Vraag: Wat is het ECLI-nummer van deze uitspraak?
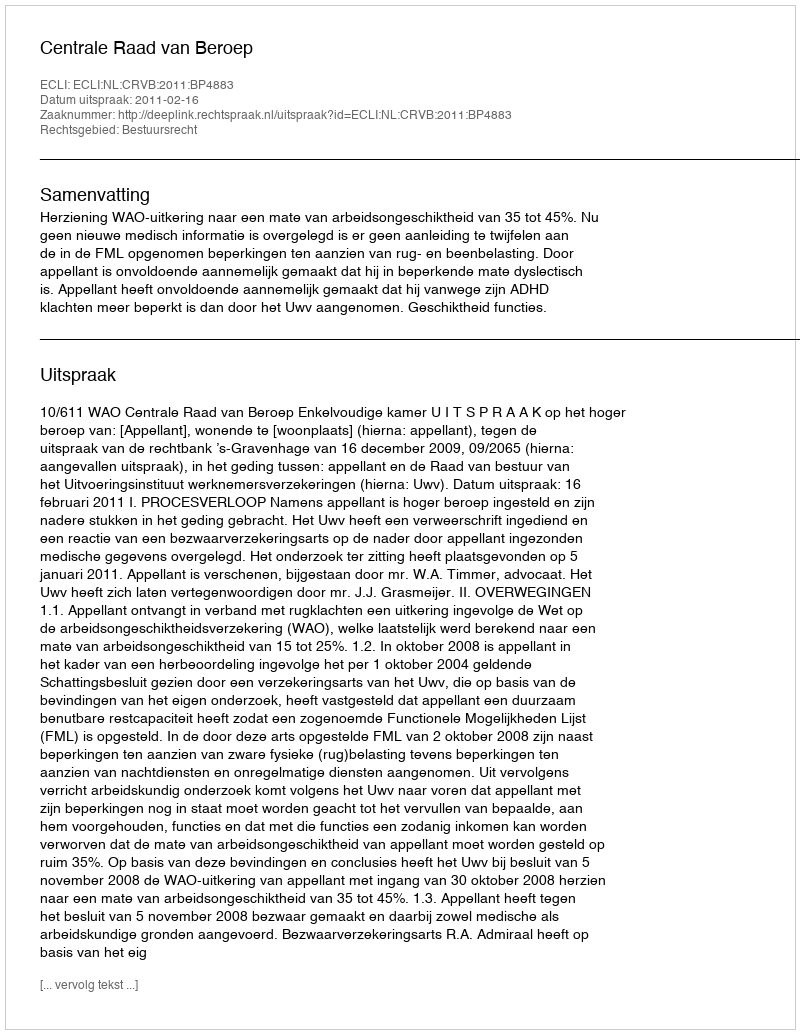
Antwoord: ECLI:NL:CRVB:2011:BP4883